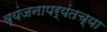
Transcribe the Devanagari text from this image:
व्यंजनापर्यंतच्या